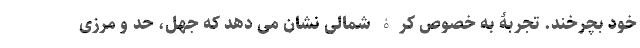
خود بچرخند. تجربۀ به خصوص کرۀ شمالی نشان می دهد که جهل، حد و مرزی